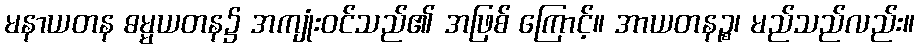
မနာယတန ဓမ္မယတန၌ အကျုံးဝင်သည်၏ အဖြစ် ကြောင့်။ အာယတနဉ္စ၊ မည်သည်လည်း။